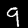
Label: 9